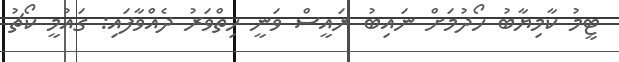
ޓީމު ކާމިޔާބު ހޯދުމަށް ނައިބު ރައީސް ވަނީ ހިތްވަރު ދެއްވާފައި: ގައުމީ ކޯޗު